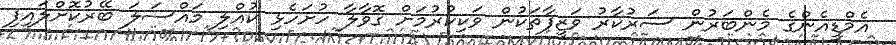
އެމްޑީއެންގެ މެންބަރުން ސަރުކާރު ވަޒީފާތަކުން ވަކިކުރުމަށް ގޮވާލާ ހުށަހެޅި ކުއްލި މައްސަލަ ބޭރުކޮށްލައިފި